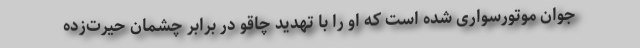
جوان موتورسواری شده است که او را با تهدید چاقو در برابر چشمان حیرت‌زده